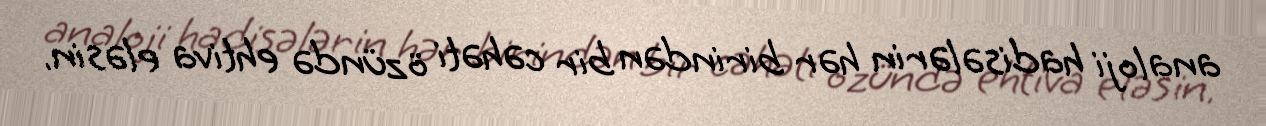
analoji hadisələrin hər birindən bir cəhəti özündə ehtiva eləsin.